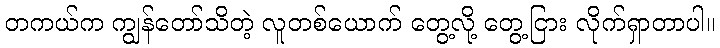
တကယ်က ကျွန်တော်သိတဲ့ လူတစ်ယောက် တွေ့လို့ တွေ့ငြား လိုက်ရှာတာပါ။